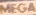
MEGA